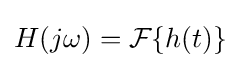
H(j\omega )={\mathcal {F}}\{h(t)\}